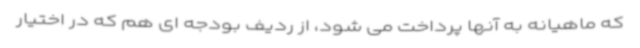
که ماهیانه به آنها پرداخت می شود، از ردیف بودجه ای هم که در اختیار